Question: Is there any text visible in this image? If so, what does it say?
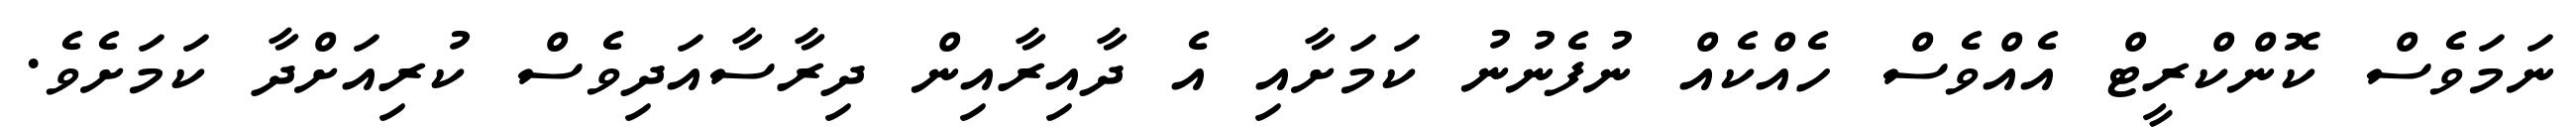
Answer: ނަމަވެސް ކޮންކްރީޓް އެއްވެސް ހެއްކެއް ނުފެނުނު ކަމަށާއި އެ ދާއިރާއިން ދިރާސާއަދިވެސް ކުރިއަށްދާ ކަމަށެވެ.